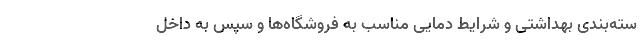
سته‌بندی بهداشتی و شرایط دمایی مناسب به فروشگاه‌ها و سپس به داخل